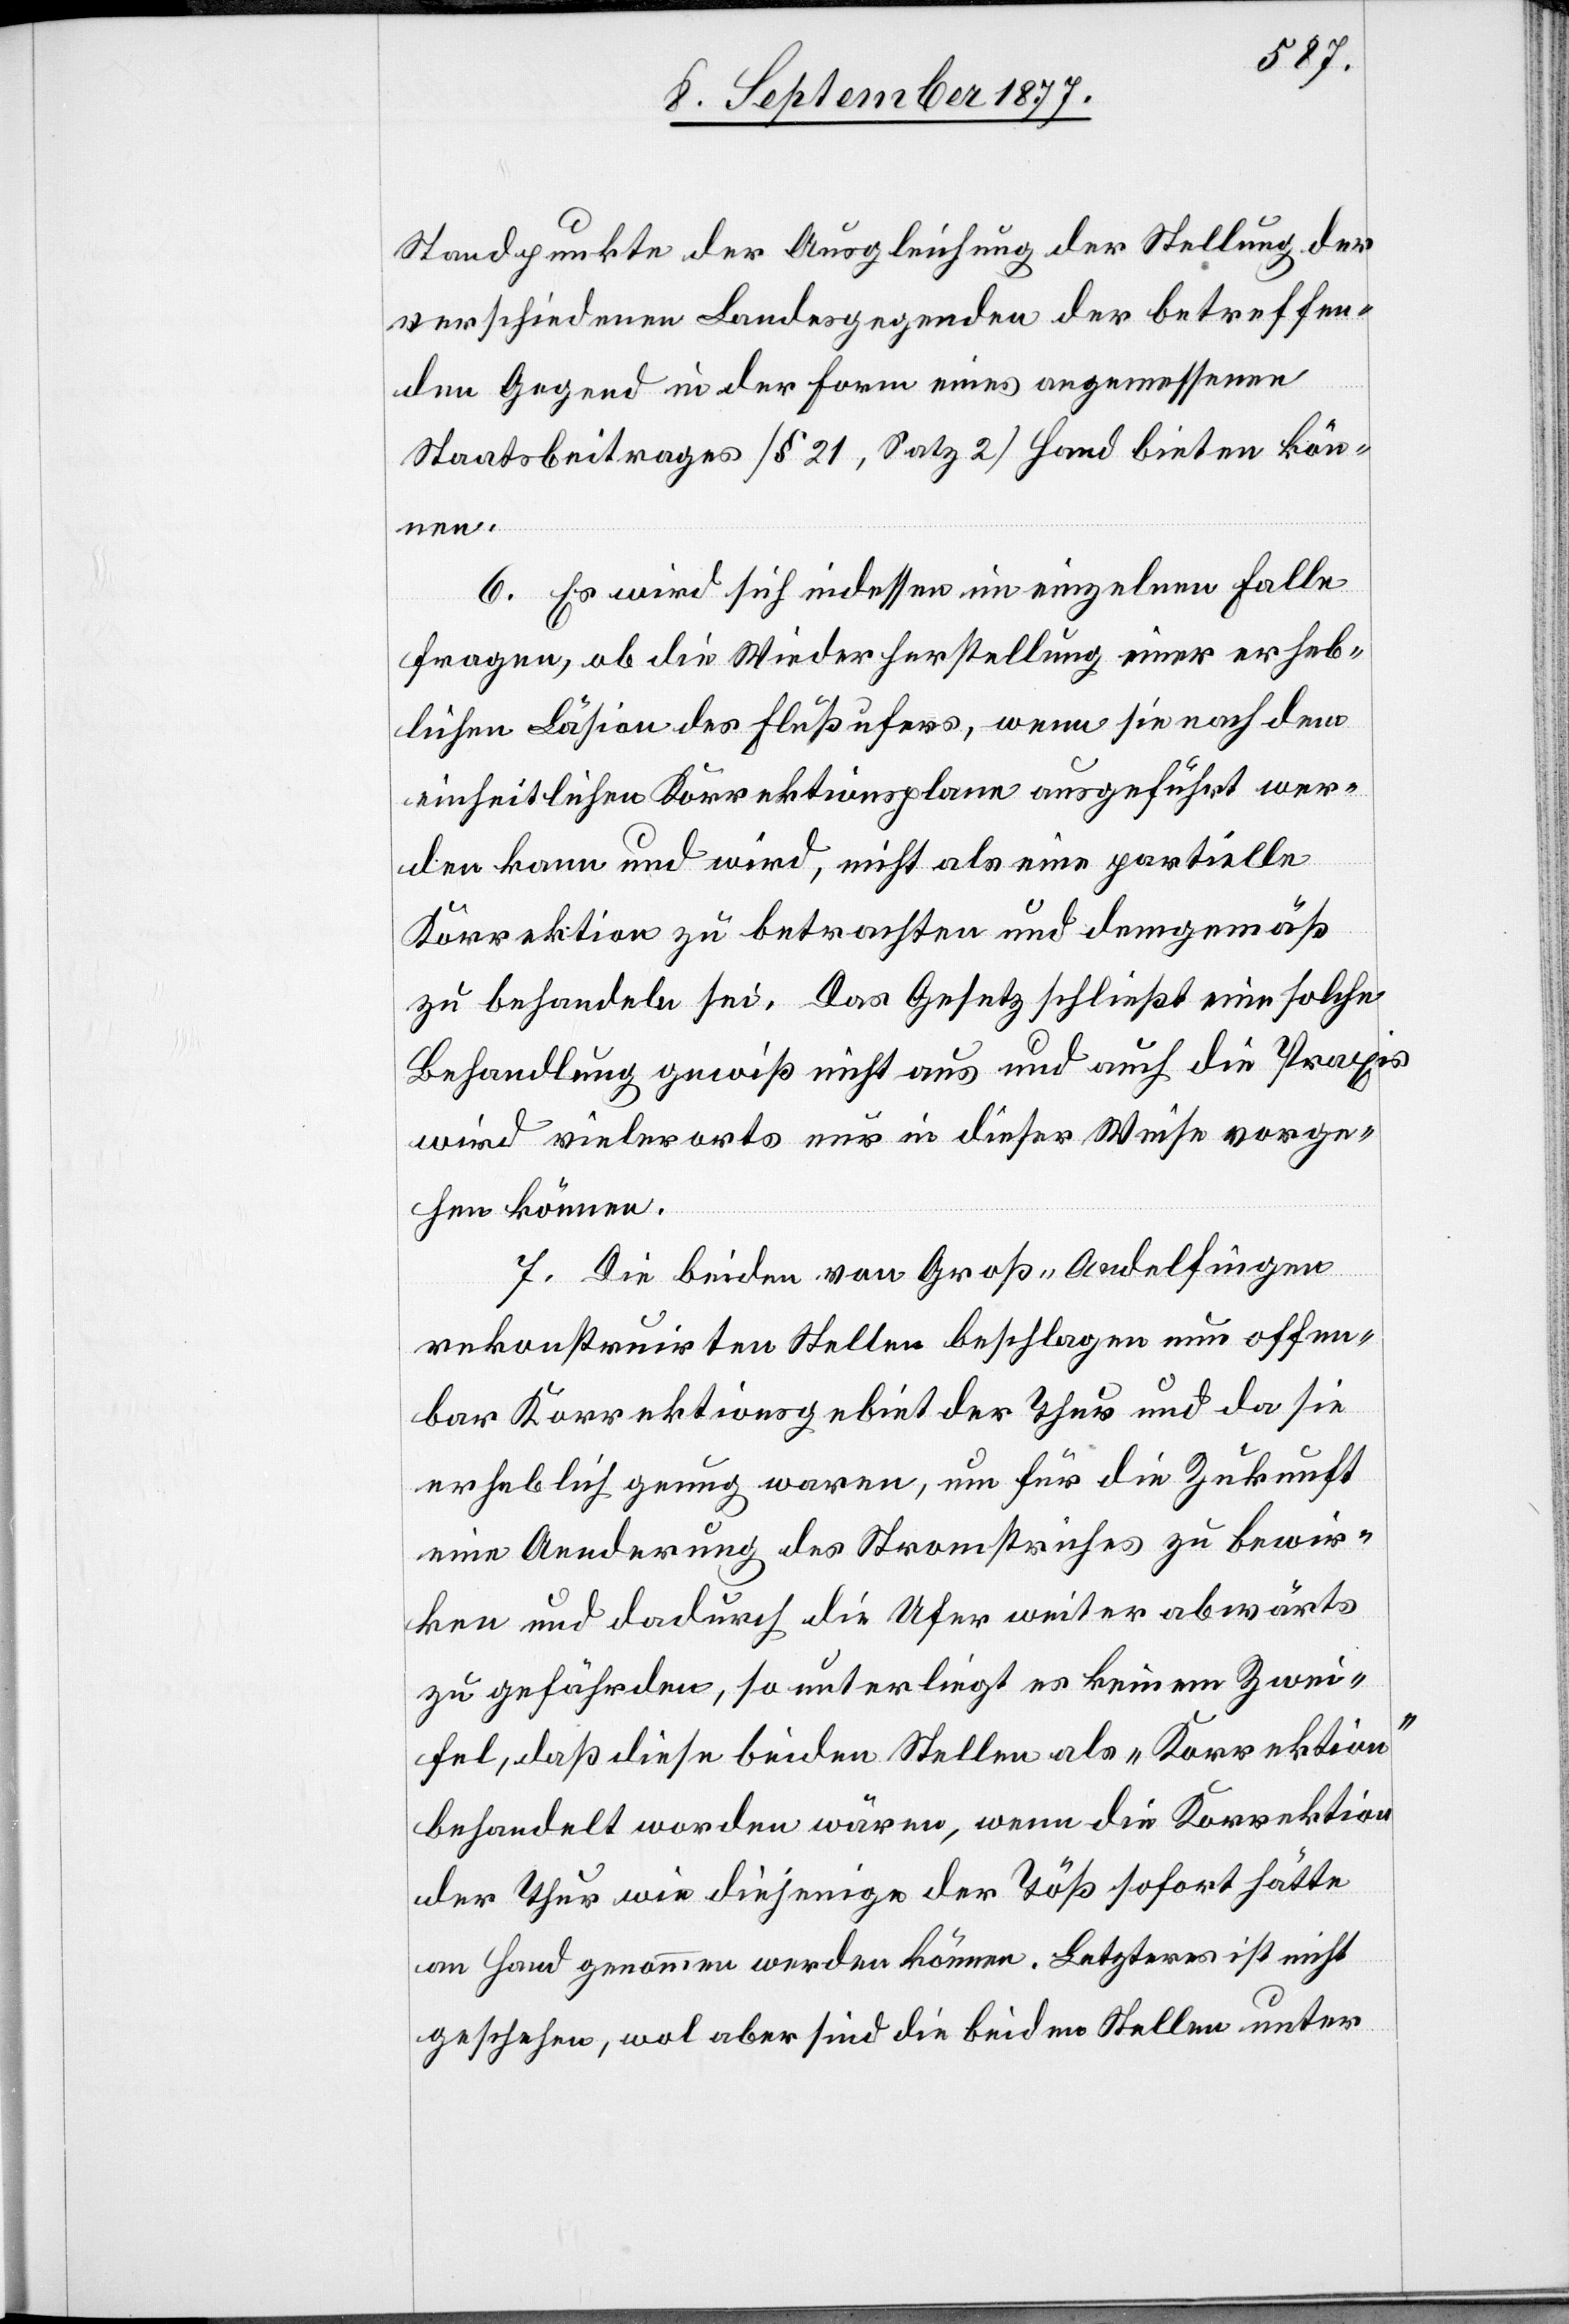
Standpunkte der Ausgleichung der Stellung der
verschiedenen Landesgegenden der betreffen¬
den Gegend in der Form eines angemessenen
Staatsbeitrages [§ 21, Satz 2] Hand bieten kön¬
nen.
6. Es wird sich indessen im einzelnen Falle
fragen, ob die Wiederherstellung einer erheb¬
lichen Läsion des Flußufers, wenn sie nach dem
einheitlichen Korrektionsplane ausgeführt wer¬
den kann und wird, nicht als eine partielle
Korrektion zu betrachten und demgemäß
zu behandeln sei. Das Gesetz schließt eine solche
Behandlung gewiß nicht aus und auch die Praxis
wird vielerorts nur in dieser Weise vorge¬
hen können.
7. Die beiden von Groß-Andelfingen
rekonstruirten Stellen beschlagen nun offen¬
bar Korrektionsgebiet der Thur und da sie
erheblich genug waren, um für die Zukunft
eine Aenderung des Stromstriches zu bewir¬
ken und dadurch die Ufer weiter abwärts
zu gefährden, so unterliegt es keinem Zwei¬
fel, daß diese beiden Stellen als „Korrektion“
behandelt worden wären, wenn die Korrektion
der Thur wie diejenige der Töß sofort hätte
an Hand genommen werden können. Letzteres ist nicht
geschehen, wol aber sind die beiden Stellen unter